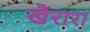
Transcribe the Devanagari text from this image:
खैरारा